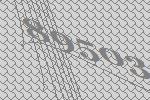
89503